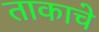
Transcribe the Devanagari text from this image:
ताकाचे